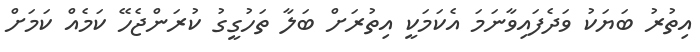
އިތުރު ބަޔަކު ވަދެފައިވާނަމަ އެކަމަކީ އިތުރަށް ބަލާ ތަހުގީގު ކުރަންޖެހޭ ކަމެއް ކަމަށް